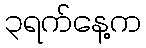
၃ရက်နေ့က